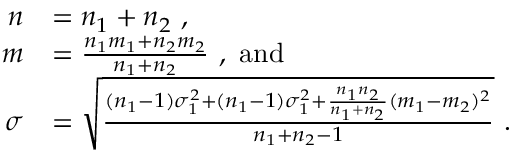
\begin{array} { r l } { n } & { = n _ { 1 } + n _ { 2 } \ , } \\ { m } & { = \frac { n _ { 1 } m _ { 1 } + n _ { 2 } m _ { 2 } } { n _ { 1 } + n _ { 2 } } \ , \ \mathrm { a n d } } \\ { \sigma } & { = \sqrt { \frac { ( n _ { 1 } - 1 ) \sigma _ { 1 } ^ { 2 } + ( n _ { 1 } - 1 ) \sigma _ { 1 } ^ { 2 } + \frac { n _ { 1 } n _ { 2 } } { n _ { 1 } + n _ { 2 } } ( m _ { 1 } - m _ { 2 } ) ^ { 2 } } { n _ { 1 } + n _ { 2 } - 1 } } \ . } \end{array}